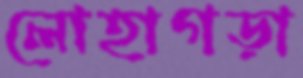
লোহাগড়া